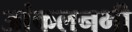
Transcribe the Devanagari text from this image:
आंकलनभी